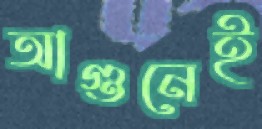
আগুনেই